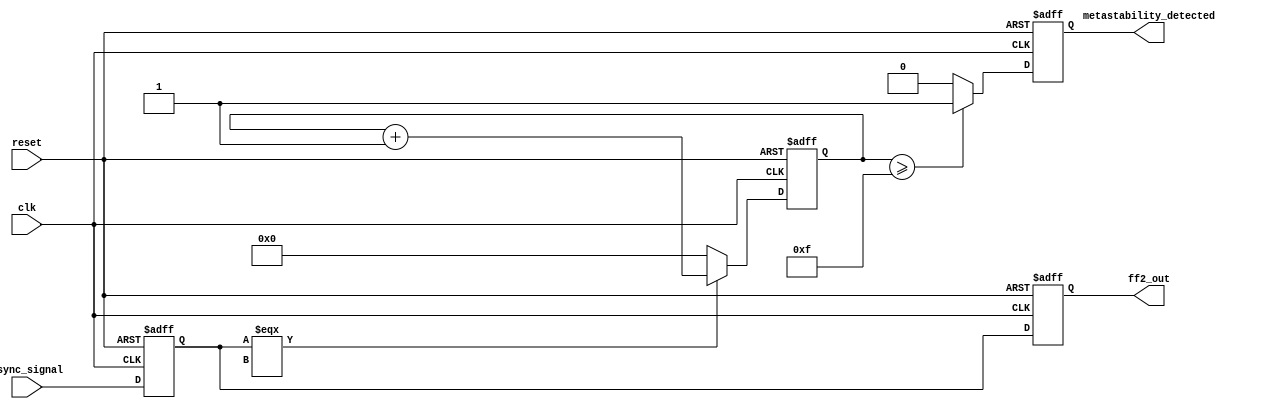
module metastability_detector (
    input wire clk,                       // Clock signal
    input wire reset,                     // Reset signal
    input wire async_signal,              // Asynchronous input signal
    output reg ff2_out,                   // Synchronized output signal
    output reg metastability_detected      // Metastability detection flag
);
    reg ff1_out;                          // Output of the first flip-flop
    reg [3:0] metastability_counter;       // Counter for metastability duration

    // Parameters for metastability detection
    parameter METASTABILITY_THRESHOLD = 4'b1111; // Adjust this threshold based on your timing requirements

    // D Flip-Flops to sample async_signal
    always @(posedge clk or posedge reset) begin
        if (reset) begin
            ff1_out <= 1'b0;
            ff2_out <= 1'b0;
            metastability_detected <= 1'b0;
            metastability_counter <= 4'b0000;
        end else begin
            ff1_out <= async_signal; // Sample async_signal in the first flip-flop
            ff2_out <= ff1_out; // Sample output of ff1 in the second flip-flop

            // Metastability detection logic
            if (ff1_out === 1'bx) begin // Check if ff1_out is in metastable state
                metastability_counter <= metastability_counter + 1; // Increment counter
            end else begin
                metastability_counter <= 4'b0000; // Reset counter on stable output
            end
            
            // Check if counter exceeds the defined threshold
            if (metastability_counter >= METASTABILITY_THRESHOLD) begin
                metastability_detected <= 1'b1; // Assert metastability detected flag
            end else begin
                metastability_detected <= 1'b0; // Clear metastability detected flag
            end
        end
    end

endmodule